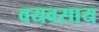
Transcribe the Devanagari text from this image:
वयवसाय